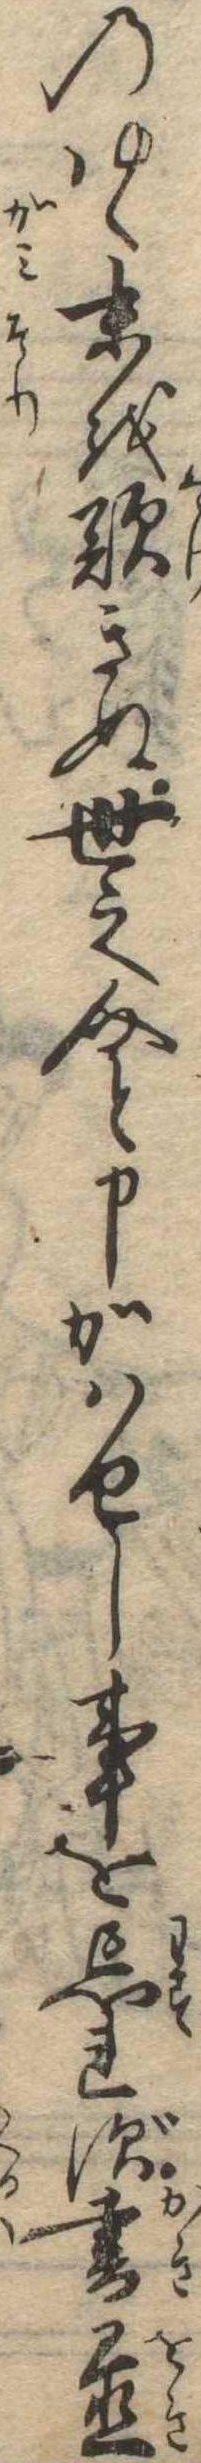
のゆく末を歎きぬ世之介と申かはせし事を忘れず書置